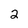
Character: 2